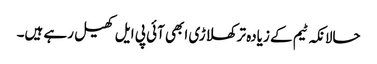
حالانکہ ٹیم کے زیادہ تر کھلاڑی ابھی آئی پی ایل کھیل رہے ہیں۔